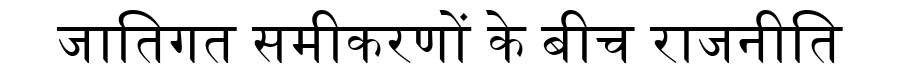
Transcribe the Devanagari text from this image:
जातिगत समीकरणों के बीच राजनीति